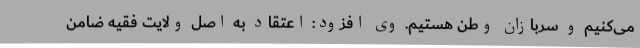
می‌کنیم و سربازان وطن هستیم. وی افزود: اعتقاد به اصل ولایت فقیه ضامن